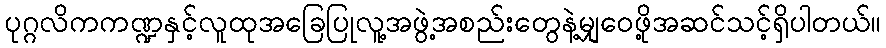
ပုဂ္ဂလိကကဏ္ဍနှင့်လူထုအခြေပြုလူ့အဖွဲ့အစည်းတွေနဲ့မျှဝေဖို့အဆင်သင့်ရှိပါတယ်။